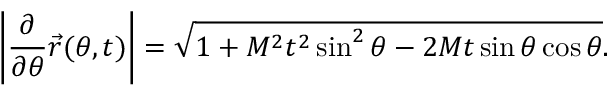
\left| \frac { \partial } { \partial \theta } \vec { r } ( \theta , t ) \right| = \sqrt { 1 + M ^ { 2 } t ^ { 2 } \sin ^ { 2 } \theta - 2 M t \sin \theta \cos \theta } .